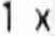
1 X